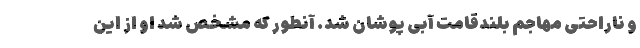
و ناراحتی مهاجم بلندقامت آبی پوشان شد. آنطور که مشخص شد او از این